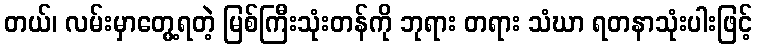
တယ်၊ လမ်းမှာတွေ့ရတဲ့ မြစ်ကြီးသုံးတန်ကို ဘုရား တရား သံဃာ ရတနာသုံးပါးဖြင့်